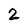
Character: 2